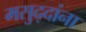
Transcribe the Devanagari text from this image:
मसुद्दांना